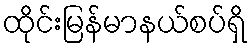
ထိုင်းမြန်မာနယ်စပ်ရှိ